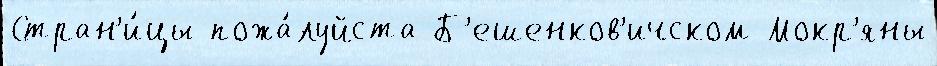
Стран'и́цы пожа́луйста Б'ешенков'ичском Мокр'яны